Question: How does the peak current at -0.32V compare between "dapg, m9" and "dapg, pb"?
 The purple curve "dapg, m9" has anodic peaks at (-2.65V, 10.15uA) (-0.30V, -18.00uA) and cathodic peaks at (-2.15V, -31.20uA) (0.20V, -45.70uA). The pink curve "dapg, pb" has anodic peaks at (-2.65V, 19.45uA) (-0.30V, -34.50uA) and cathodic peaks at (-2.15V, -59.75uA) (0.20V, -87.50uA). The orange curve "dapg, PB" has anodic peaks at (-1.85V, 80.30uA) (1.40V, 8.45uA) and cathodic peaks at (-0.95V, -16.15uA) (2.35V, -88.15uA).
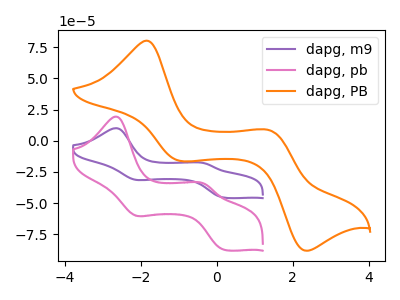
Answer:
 <answer>The peak at -0.32V is higher in "dapg, m9" than in "dapg, pb".</answer>
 <eval>higher</eval>